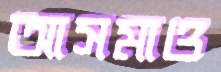
আসমাও